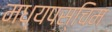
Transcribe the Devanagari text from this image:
मध्यपस्चिम